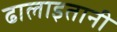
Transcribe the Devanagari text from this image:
ढालाइतानी